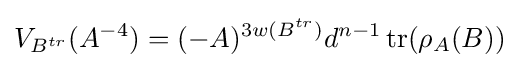
V_{B^{tr}}(A^{-4})=(-A)^{3w(B^{tr})}d^{n-1}\operatorname {tr} (\rho _{A}(B))